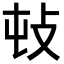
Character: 𢻴